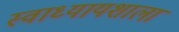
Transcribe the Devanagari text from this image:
स्वाध्यायशाला